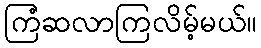
ကြံဆလာကြလိမ့်မယ်။